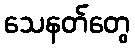
သေနတ်တွေ